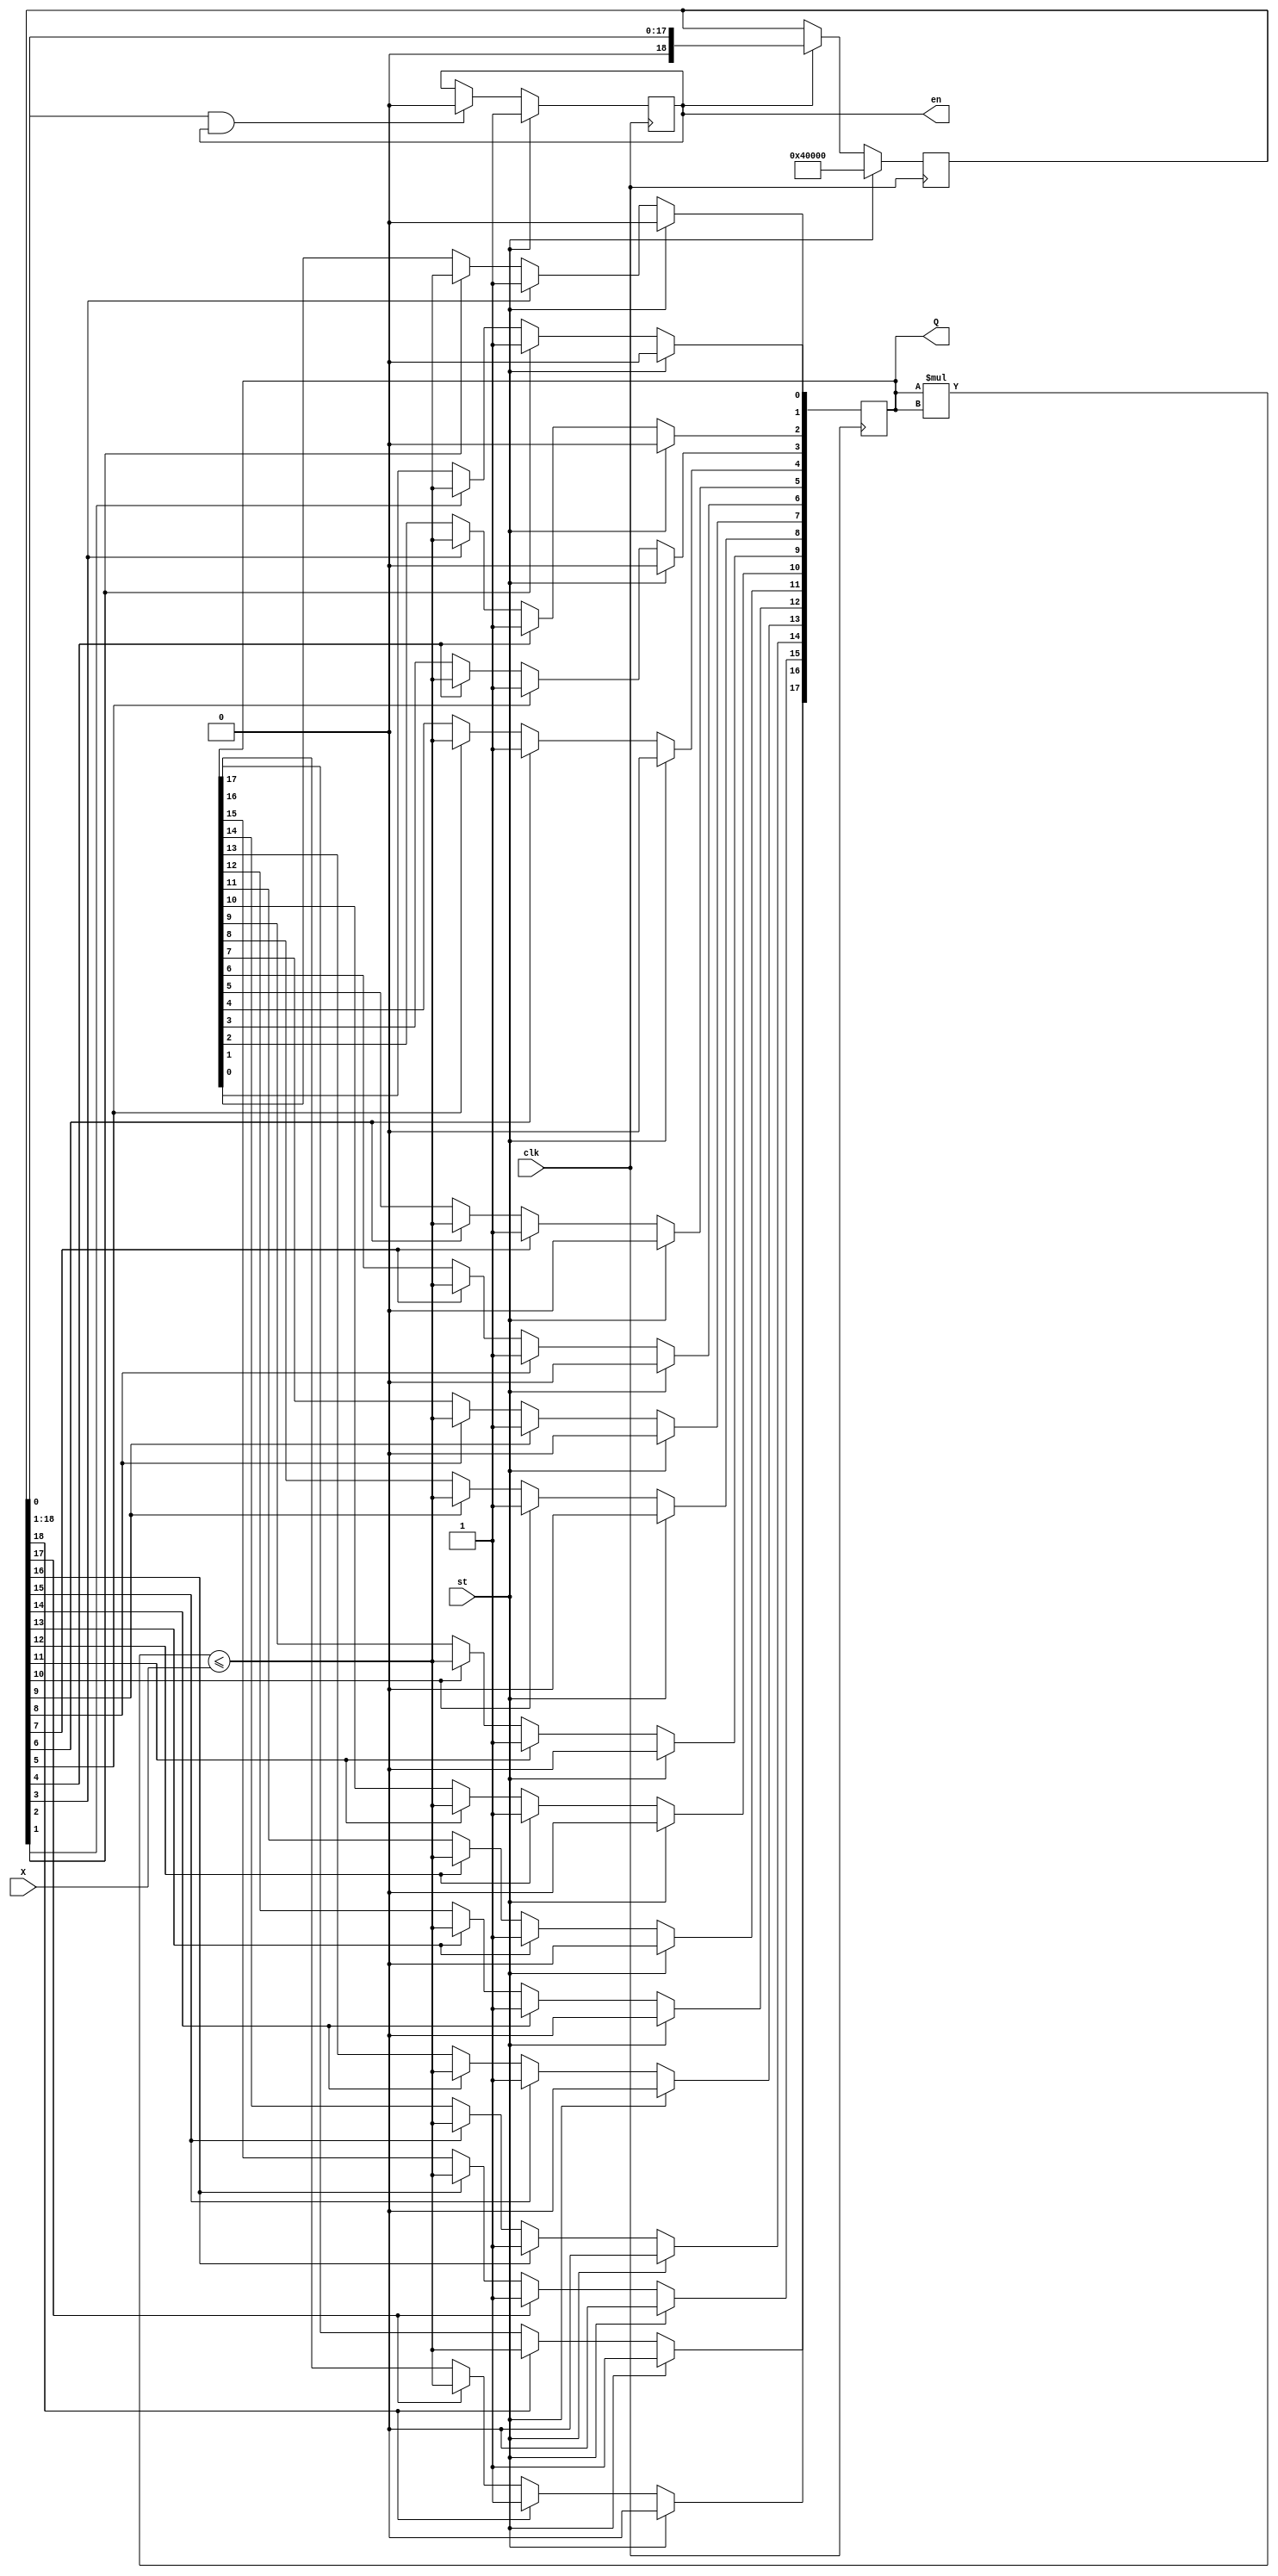
`define m 18 //  

module SQRT_BL (input [2*`m-1:0] X, output reg[`m-1:0]Q=0,
                input st, output reg en=0,
                input clk);

  wire [2*`m-1:0]M=Q*Q ;
  wire DI =(M<=X);

  //---  ---
  reg[`m:0] T=0 ; //   T
  integer i ; //  for
  always @ (posedge clk) begin
    T <= st? 1<<`m :en? T>>1 : T ; //  T 
    Q[`m-1] <= st? 1 : T[`m]? DI : Q[`m-1] ; //     Q
    for (i=`m-2 ; i>= 0; i=i-1) //  for
    Q[i] <= st? 0 : T[i+2]? 1 : T[i+1]? DI : Q[i] ; //    Q
    en<= st? 1 : (T[0] &en)? 0 :en ; //  
  end

endmodule